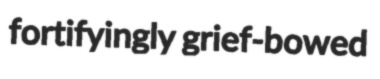
fortifyingly grief-bowed